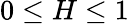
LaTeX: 0\le H\le 1